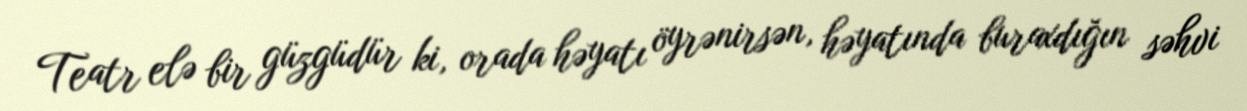
Teatr elə bir güzgüdür ki, orada həyatı öyrənirsən, həyatında buraxdığın səhvi